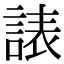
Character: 諘